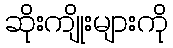
ဆိုးကျိုးများကို